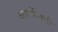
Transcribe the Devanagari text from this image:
क्वार्केनची